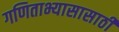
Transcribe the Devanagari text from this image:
गणिताभ्यासासाठी